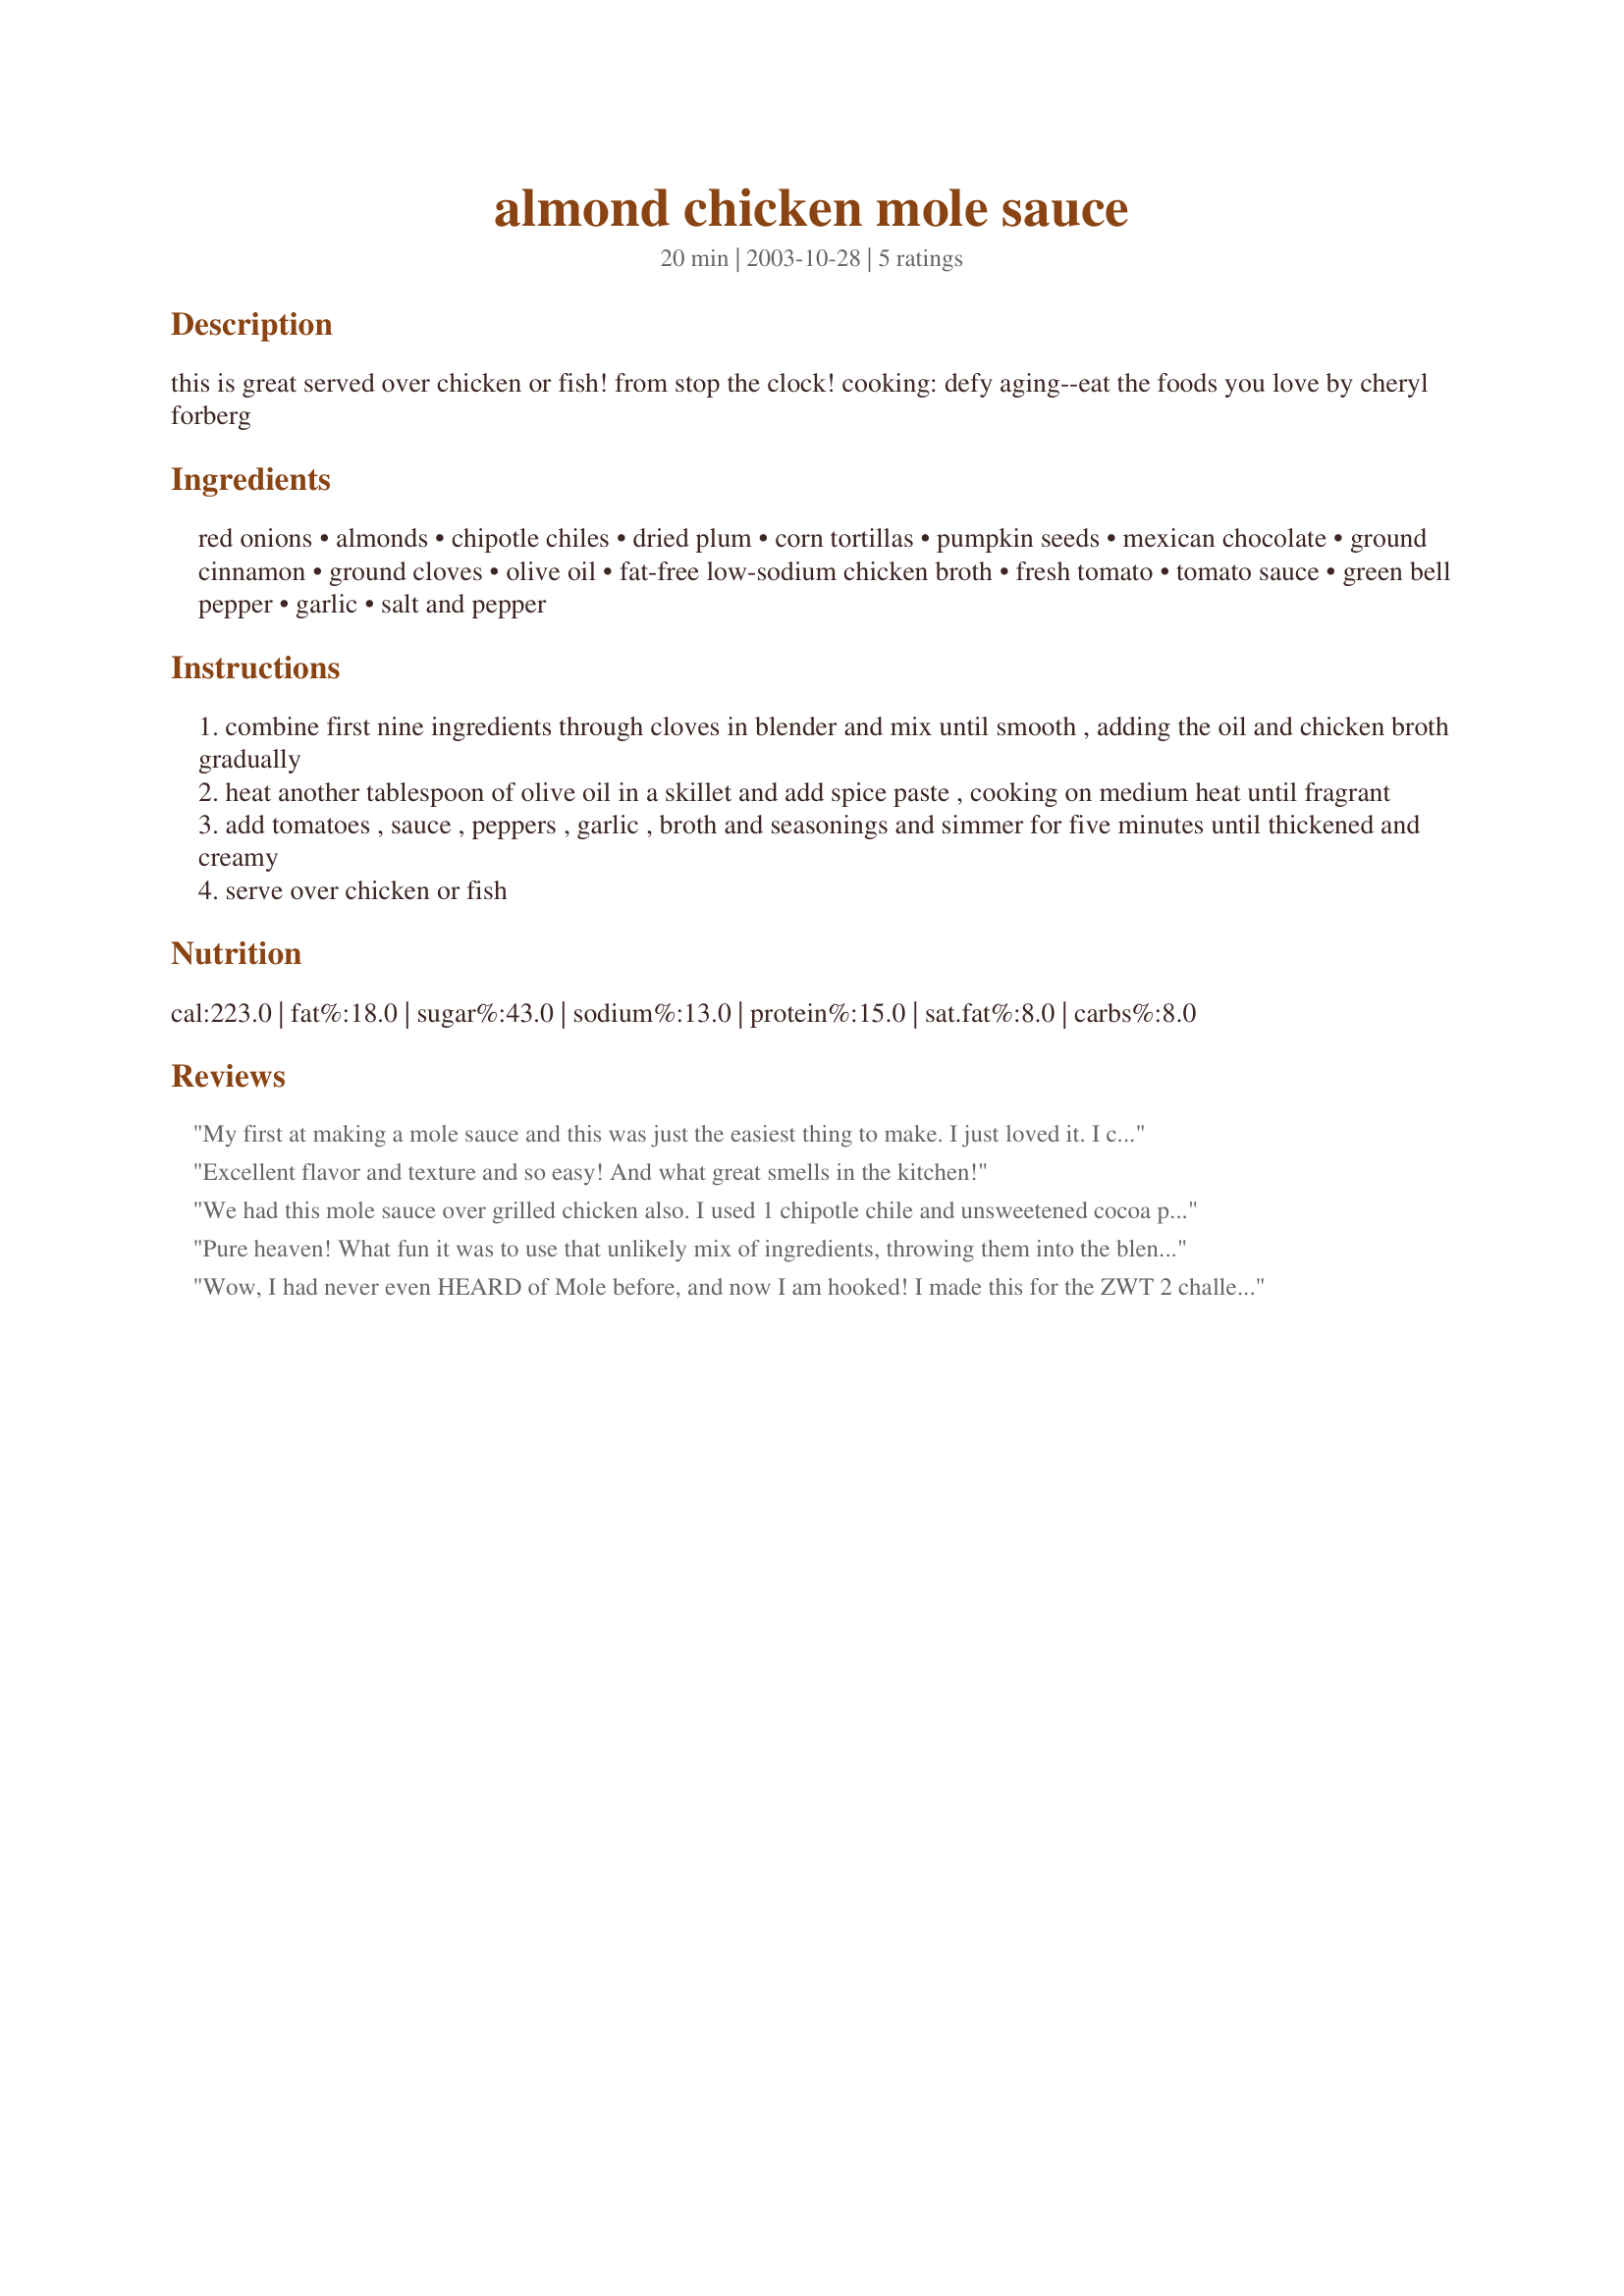
almond chicken mole sauce
Preparation time: 20 minutes

this is great served over chicken or fish! from stop the clock! cooking: defy aging--eat the foods you love by cheryl forberg

Ingredients:
red onions, almonds, chipotle chiles, dried plum, corn tortillas, pumpkin seeds, mexican chocolate, ground cinnamon, ground cloves, olive oil, fat-free low-sodium chicken broth, fresh tomato, tomato sauce, green bell pepper, garlic, salt and pepper

Steps:
combine first nine ingredients through cloves in blender and mix until smooth , adding the oil and chicken broth gradually
heat another tablespoon of olive oil in a skillet and add spice paste , cooking on medium heat until fragrant
add tomatoes , sauce , peppers , garlic , broth and seasonings and simmer for five minutes until thickened and creamy
serve over chicken or fish

Reviews:
My first at making a mole sauce and this was just the easiest thing to make. I just loved it. I can`t wait to start making my own concoction of mole. This reminded me of when I was young and used to through all kinds of ingredients into a blender and dare my DS`s and DB`s to try it! LOL! Thanks for turning me on to your wonderful sauce!
Excellent flavor and texture and so easy! And what great smells in the kitchen!
We had this mole sauce over grilled chicken also. I used 1 chipotle chile and unsweetened cocoa powder. The spices work so well with the cocoa powder and vegetables. I really enjoyed this with the chicken!
Pure heaven! What fun it was to use that unlikely mix of ingredients, throwing them into the blender and then cooking for such a short time to create a slightly sweet, spicy, tangy sauce that can highlight almost anything. I used it on chicken, but am thinking how good it will be poured over a cheese omelette, or your Veggie Burger#84235. Another recipe saved to my cookbook.
Wow, I had never even HEARD of Mole before, and now I am hooked! I made this for the ZWT 2 challenge and we enjoyed it over griiled chicken for lunch. Totally unlike anything I have ever had before, we loved it!
